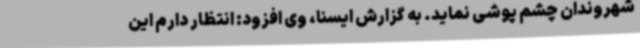
شهروندان چشم پوشی نماید. به گزارش ایسنا، وی افزود: انتظار دارم این